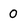
Character: O